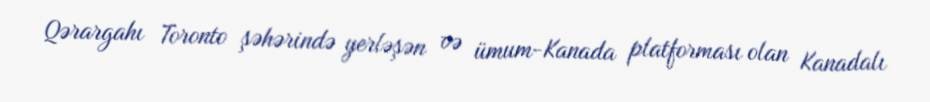
Qərargahı Toronto şəhərində yerləşən və ümum-Kanada platforması olan Kanadalı